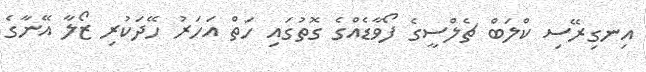
އިނގިރޭސި ކްލަބް ޗެލްސީގެ ފޯވާޑެއްގެ ގޮތުގައި ހަތް އަހަރު ހޭދަކުރި ޒޯލާ އޭނާގެ